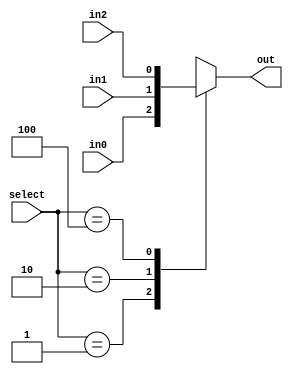
// adapted from textbook, page 157
module Mux3(in2, in1, in0, select, out);
  parameter n = 1; // width

	input [n-1:0] in2, in1, in0;
	input [2:0] select;
	output reg [n-1:0] out;

	// combinational always block for selecting input based on select
	always @(*) begin
		case (select)
			3'b001: out = in0;
			3'b010: out = in1;
			3'b100: out = in2;
			default: out = {n{1'bx}};
		endcase
	end
endmodule